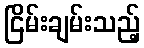
ငြိမ်းချမ်းသည့်